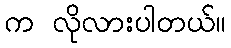
က လိုလားပါတယ်။